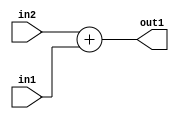
`timescale 1ps / 1ps
/*****************************************************************************
    Verilog RTL Description
    
    
    Created by: Stratus DpOpt 21.05.01 
*******************************************************************************/

module dut_Add_4Ux1U_5U_1 (
	in2,
	in1,
	out1
	); /* architecture "behavioural" */ 
input [3:0] in2;
input  in1;
output [4:0] out1;
wire [4:0] asc001;

assign asc001 = 
	+(in2)
	+(in1);

assign out1 = asc001;
endmodule

/* CADENCE  urjwTgE= : u9/ySxbfrwZIxEzHVQQV8Q== ** DO NOT EDIT THIS LINE ******/